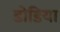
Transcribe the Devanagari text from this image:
डोडिया